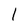
Character: 1